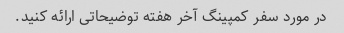
در مورد سفر کمپینگ آخر هفته توضیحاتی ارائه کنید.